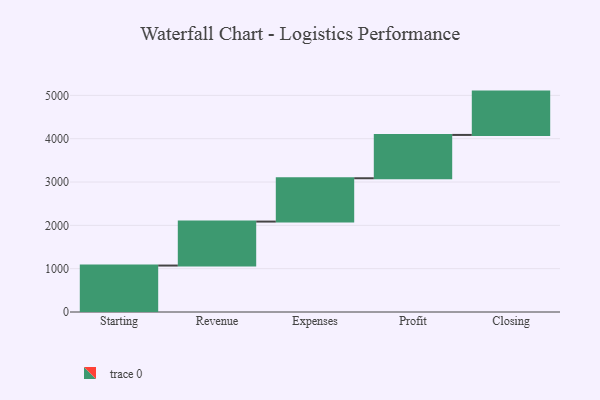
{"axis": {"x": "Step", "y": "Value"}, "legend": [""], "data": [{"x": "Starting", "y": 1072.0, "type": ""}, {"x": "Revenue", "y": 1015.0, "type": ""}, {"x": "Expenses", "y": 1000, "type": ""}, {"x": "Profit", "y": 1000, "type": ""}, {"x": "Closing", "y": 1000, "type": ""}]}